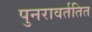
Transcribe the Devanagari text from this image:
पुनरावर्ततित